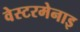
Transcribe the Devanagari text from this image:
वेस्टरमेनाइ